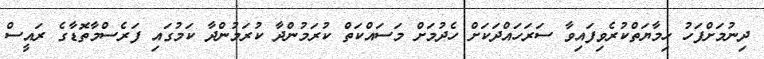
ދިނުމަށްފަހު ހިމާޔަތްކުރެވިފައިވާ ސަރަހައްދަކަށް ހެދުމަށް މަސައްކަތް ކުރަމުންދާ ކުރަމުންދާ ކަމުގައި ފަރެސްމާތޮޑާގެ ރައީސް